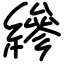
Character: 縿